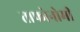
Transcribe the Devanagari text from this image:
ताफोनोमी